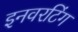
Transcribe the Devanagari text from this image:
इनवरटिंग